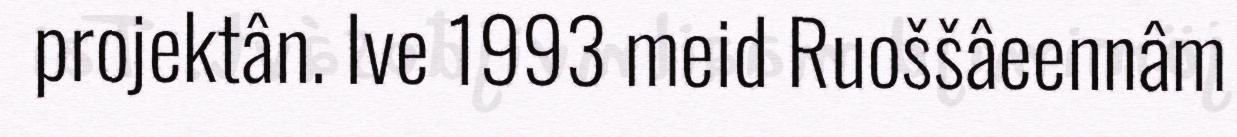
projektân. Ive 1993 meid Ruoššâeennâm